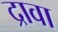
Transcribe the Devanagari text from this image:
द्रावा